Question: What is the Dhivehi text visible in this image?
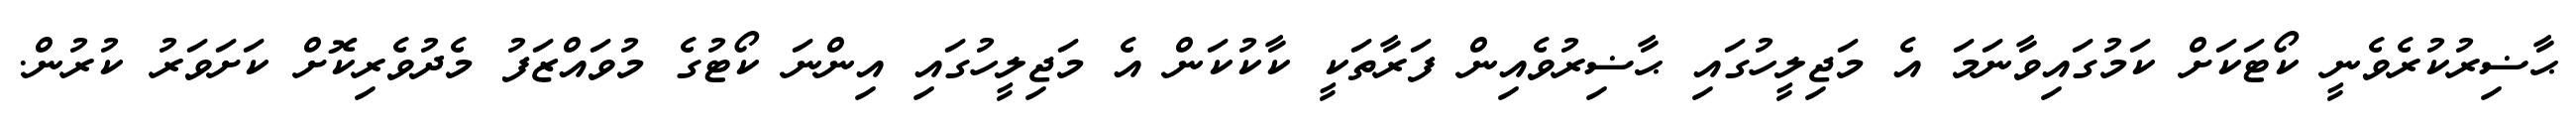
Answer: ޙާޟިރުކުރެވެނީ ކޯޓަކަށް ކަމުގައިވާނަމަ އެ މަޖިލީހުގައި ޙާޟިރުވެއިން ފަރާތަކީ ކާކުކަން އެ މަޖިލީހުގައި އިންނަ ކޯޓުގެ މުވައްޒަފު މެދުވެރިކޮށް ކަށަވަރު ކުރުން.